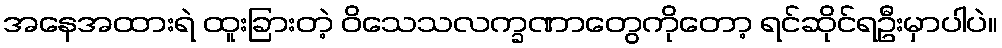
အနေအထားရဲ ထူးခြားတဲ့ ဝိသေသလက္ခဏာတွေကိုတော့ ရင်ဆိုင်ရဦးမှာပါပဲ။